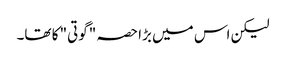
لیکن اس میں بڑا حصہ "گوتی" کا تھا۔